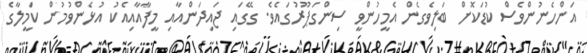
އަންހެނުންވެސް ކުޑަކޮށް ބަލިވެގެން އެމީހުންވީ ސިންގަޕޫރުގައެވެ. ގޭގައި ޖައިދަންއާއި މީފާއާއިއެކު އުޅެންވުމުން ކަމީލާގެ